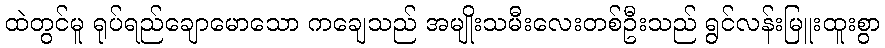
ထဲတွင်မူ ရုပ်ရည်ချောမောသော ကချေသည် အမျိုးသမီးလေးတစ်ဦးသည် ရွင်လန်းမြူးထူးစွာ